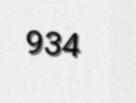
934